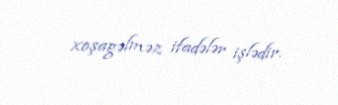
xoşagəlməz ifadələr işlədir.